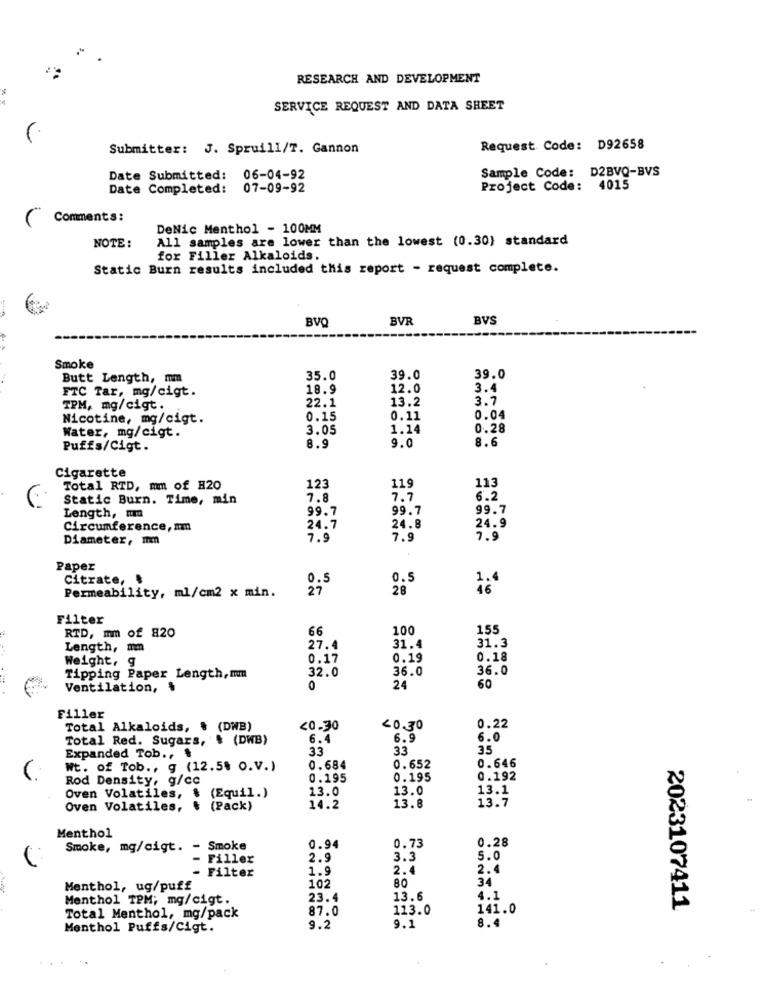
RESEARCH AND DEVELOPMENT
SERVICE REQUEST AND DATA SHEET
Submitter: J. Spruill/T. Gannon
Request Code: D92658
Sample Code: D2BVQ-BVS
Date Submitted: 06-04-92
Date Completed: 07-09-92
Project Code: 4015
( Comments:
DeNic Menthol - 100MM
All samples are lower than the lowest (0.30} standard
NOTE :
for Filler Alkaloids.
Static Burn results included this report - request complete.
BVQ
BVR
BVS
Smoke
Butt Length, mm
35.0
39.0
39.0
FTC Tar, mg/cigt.
18.9
12.0
3.4
22.1
13.2
3.7
TPM, mg/cigt.
Nicotine, mg/cigt.
0.15
0.11
0.04
3.05
1.14
0.28
Water, mg/cigt.
8.6
Puffs/Cigt.
8.9
9.0
Cigarette
113
Total RTD, mm of H20
123
119
Static Burn. Time, min
7.8
7.7
6.2
Length, mm
99.7
99.7
99.7
24.9
Circumference, um
24.7
24.8
Diameter, mm
7.9
7.9
7.9
Paper
Citrate,
0.5
0.5
1.4
Permeability, ml/cm2 x min.
28
Filter
RTD, mm of 820
66
100
155
31.3
Length, mm
27.4
31.4
Weight, g
0.17
0.19
0.18
36.0
36.0
Tipping Paper Length,mm
32.0
Ventilation,
0
24
60
Filler
Total Alkaloids, & (DWB)
<0.30
20.30
0.22
Total Red. Sugars,
$ (DWB)
6.4
6.9
6.0
33
33
35
Expanded Tob ., $
0.646
Wt. of Tob ., g (12.5% O.V.)
0.684
0.652
Rod Density, g/cc
0.195
0.195
0.192
13.0
13.0
13.1
Oven Volatiles, $
(Equil.)
13.7
Oven Volatiles, $ (Pack)
14.2
13.8
Menthol
0.28
Smoke, mg/cigt. - Smoke
0.94
0.73
Filler
2.9
3.3
5.0
Filter
1.9
2.4
2.4
80
34
Menthol, ug/puff
102
Menthol TPM; mg/cigt.
23.4
13.6
4.1
87.0
113.0
141.0
2023107411
Total Menthol, mg/pack
8.4
Menthol Puffs/Cigt.
9.2
9.1